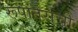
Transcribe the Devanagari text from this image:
रूपांतराची